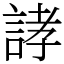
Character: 誟